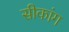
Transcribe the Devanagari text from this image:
सीकांग